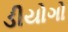
ડીયોગો